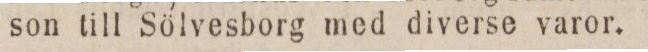
son till Sölvesborg med diverse varor.